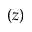
( z )